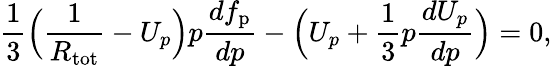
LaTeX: \frac{1}{3}\Big(\frac{1}{R_{\mathrm{tot}}}-U_{p}\Big)p\frac{df_{\mathrm{p}}}{dp}-\Big(U_{p}+\frac{1}{3}p\frac{dU_{p}}{dp}\Big)=0,